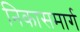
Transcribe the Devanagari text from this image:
निकासमार्ग